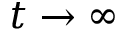
t \to \infty